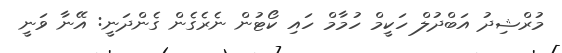
މުރްޝިދު އަބްދުލް ހަކީމް ހުމާމް ހައި ކޯޓުން ނެރެގެން ގެންދަނީ: އޭނާ ވަނީ